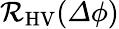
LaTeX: \mathcal{R}_{\mathrm{HV}}({\mathit\Delta\phi})